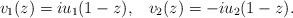
\begin{align*}v_1(z)=i u_1(1-z),\;\;\; v_2(z)=-i u_2(1-z). \end{align*}